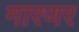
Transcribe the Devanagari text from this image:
मारणर